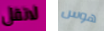
لاتقل هوس